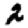
Digit: 2